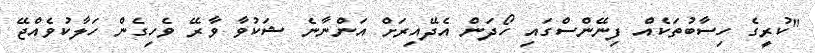
"ކުރީގެ ހިސާބުތަކެއް ފިނޭންސްގައި ހޯދަން އެދޭއިރަށް އަންނާނެ ޝަކުވާ ވާރޭ ވެހިގެން ހަލާކުވެއްޖޭ